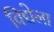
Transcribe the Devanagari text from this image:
विद्येला